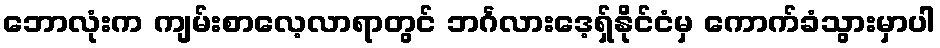
ဘောလုံးက ကျမ်းစာလေ့လာရာတွင် ဘင်္ဂလားဒေ့ရှ်နိုင်ငံမှ ကောက်ခံသွားမှာပါ